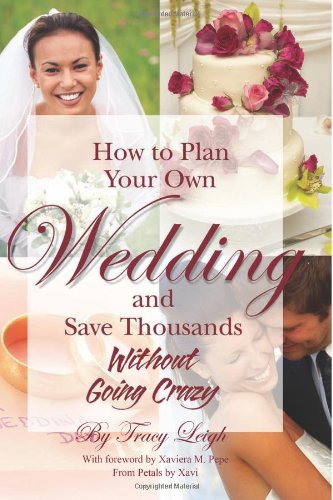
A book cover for How to Plan Your Own Wedding and Save Thousands - Without Going Crazy; Tracy Leigh; Crafts, Hobbies & Home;